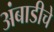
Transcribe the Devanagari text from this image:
अंबाडीचे